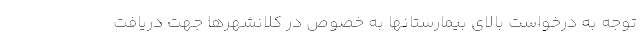
توجه به درخواست بالای بیمارستانها به خصوص در کلانشهرها جهت دریافت